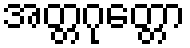
အတ္တဂုတ္တော